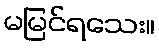
မမြင်ရသေး။